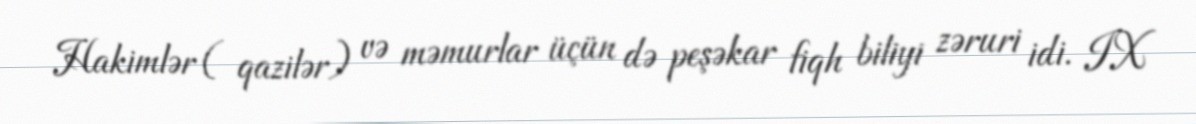
Hakimlər ( qazilər) və məmurlar üçün də peşəkar fiqh biliyi zəruri idi. IX